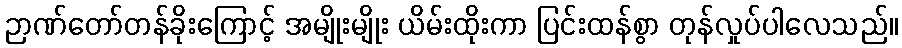
ဉာဏ်တော်တန်ခိုးကြောင့် အမျိုးမျိုး ယိမ်းထိုးကာ ပြင်းထန်စွာ တုန်လှုပ်ပါလေသည်။